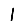
Digit: 1